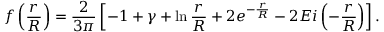
f \left( \frac { r } { R } \right) = \frac { 2 } { 3 \pi } \left[ - 1 + \gamma + \ln \frac { r } { R } + 2 e ^ { - \frac { r } { R } } - 2 E i \left( - \frac { r } { R } \right) \right] .